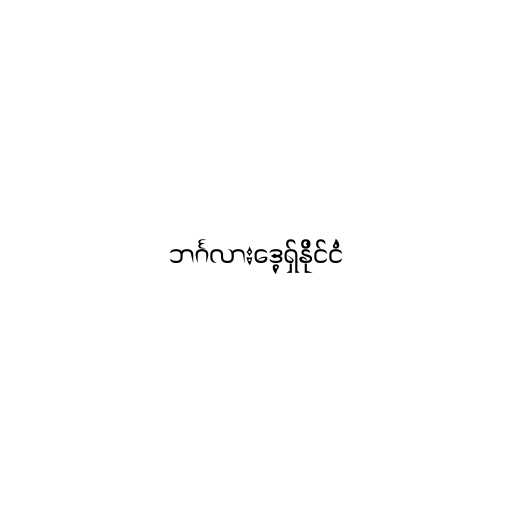
ဘင်္ဂလားဒေ့ရှ်နိုင်ငံ